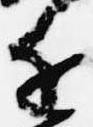
近